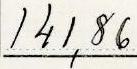
141,86